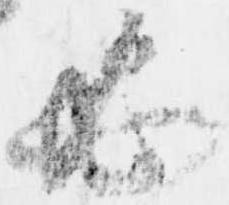
必